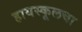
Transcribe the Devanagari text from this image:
हायस्‍कूलचा